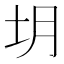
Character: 𪢻